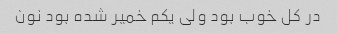
در کل خوب بود ولی یکم خمیر شده بود نون